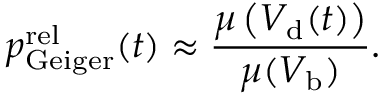
p _ { \mathrm { G e i g e r } } ^ { \mathrm { r e l } } ( t ) \approx \frac { \mu \left( V _ { \mathrm { d } } ( t ) \right) } { \mu ( V _ { \mathrm { b } } ) } .